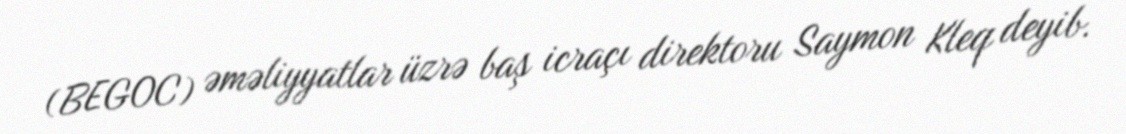
(BEGOC) əməliyyatlar üzrə baş icraçı direktoru Saymon Kleq deyib.